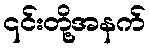
၎င်းတို့အနက်